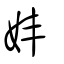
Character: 妦